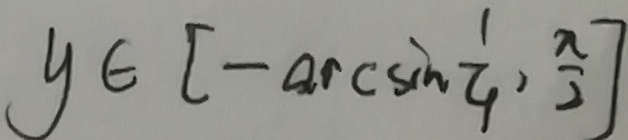
y \in [ - \arcsin \frac { 1 } { 4 } , \frac { \pi } { 2 } ]